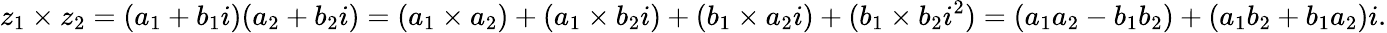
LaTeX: z_{1}\times z_{2}=(a_{1}+b_{1}i)(a_{2}+b_{2}i)=(a_{1}\times a_{2})+(a_{1}\times b_{2}i)+(b_{1}\times a_{2}i)+(b_{1}\times b_{2}i^{2})=(a_{1}a_{2}-b_{1}b_{2})+(a_{1}b_{2}+b_{1}a_{2})i.